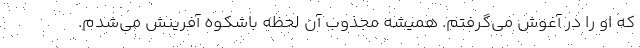
که او را در آغوش می‌گرفتم. همیشه مجذوب آن لحظه باشکوه آفرینش می‌شدم.